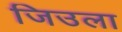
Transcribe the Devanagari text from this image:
जिउला